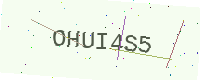
Text: OHUI4S5